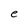
Character: e